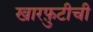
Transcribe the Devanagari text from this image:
खारफ़ुटीची